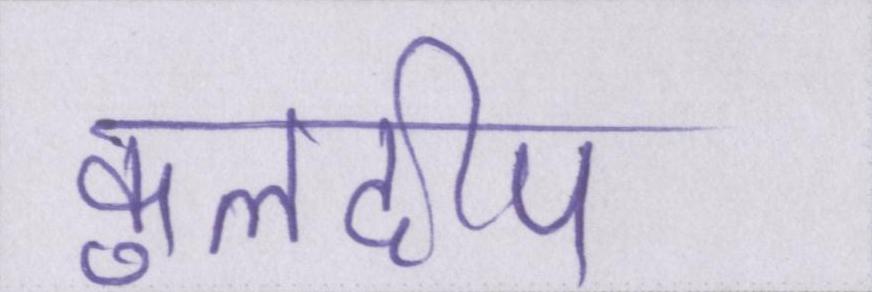
कुलदीप